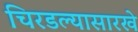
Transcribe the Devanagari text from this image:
चिरडल्यासारखे